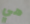
هي